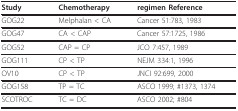
<table><thead><tr><td><b>Study</b></td><td><b>Chemotherapy</b></td><td><b>regimen Reference</b></td></tr></thead><tbody><tr><td>GOG22</td><td>Melphalan &lt; CA</td><td>Cancer 51:783, 1983</td></tr><tr><td>GOG47</td><td>CA &lt; CAP</td><td>Cancer 57:1725, 1986</td></tr><tr><td>GOG52</td><td>CAP = CP</td><td>JCO 7:457, 1989</td></tr><tr><td>GOG111</td><td>CP &lt; TP</td><td>NEJM 334:1, 1996</td></tr><tr><td>OV10</td><td>CP &lt; TP</td><td>JNCI 92:699, 2000</td></tr><tr><td>GOG158</td><td>TP = TC</td><td>ASCO 1999; #1373, 1374</td></tr><tr><td>SCOTROC</td><td>TC = DC</td><td>ASCO 2002; #804</td></tr></tbody></table>